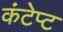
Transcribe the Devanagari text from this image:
कंटेप्ट